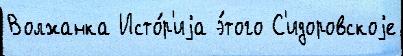
Волжанка Исто́р'иjа э́того С'идоровскоjе